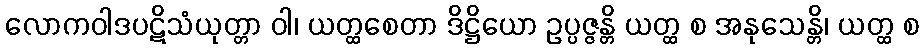
လောကဝါဒပဋိသံယုတ္တာ ဝါ၊ ယတ္ထစေတာ ဒိဋ္ဌိယော ဥပ္ပဇ္ဇန္တိ ယတ္ထ စ အနုသေန္တိ၊ ယတ္ထ စ